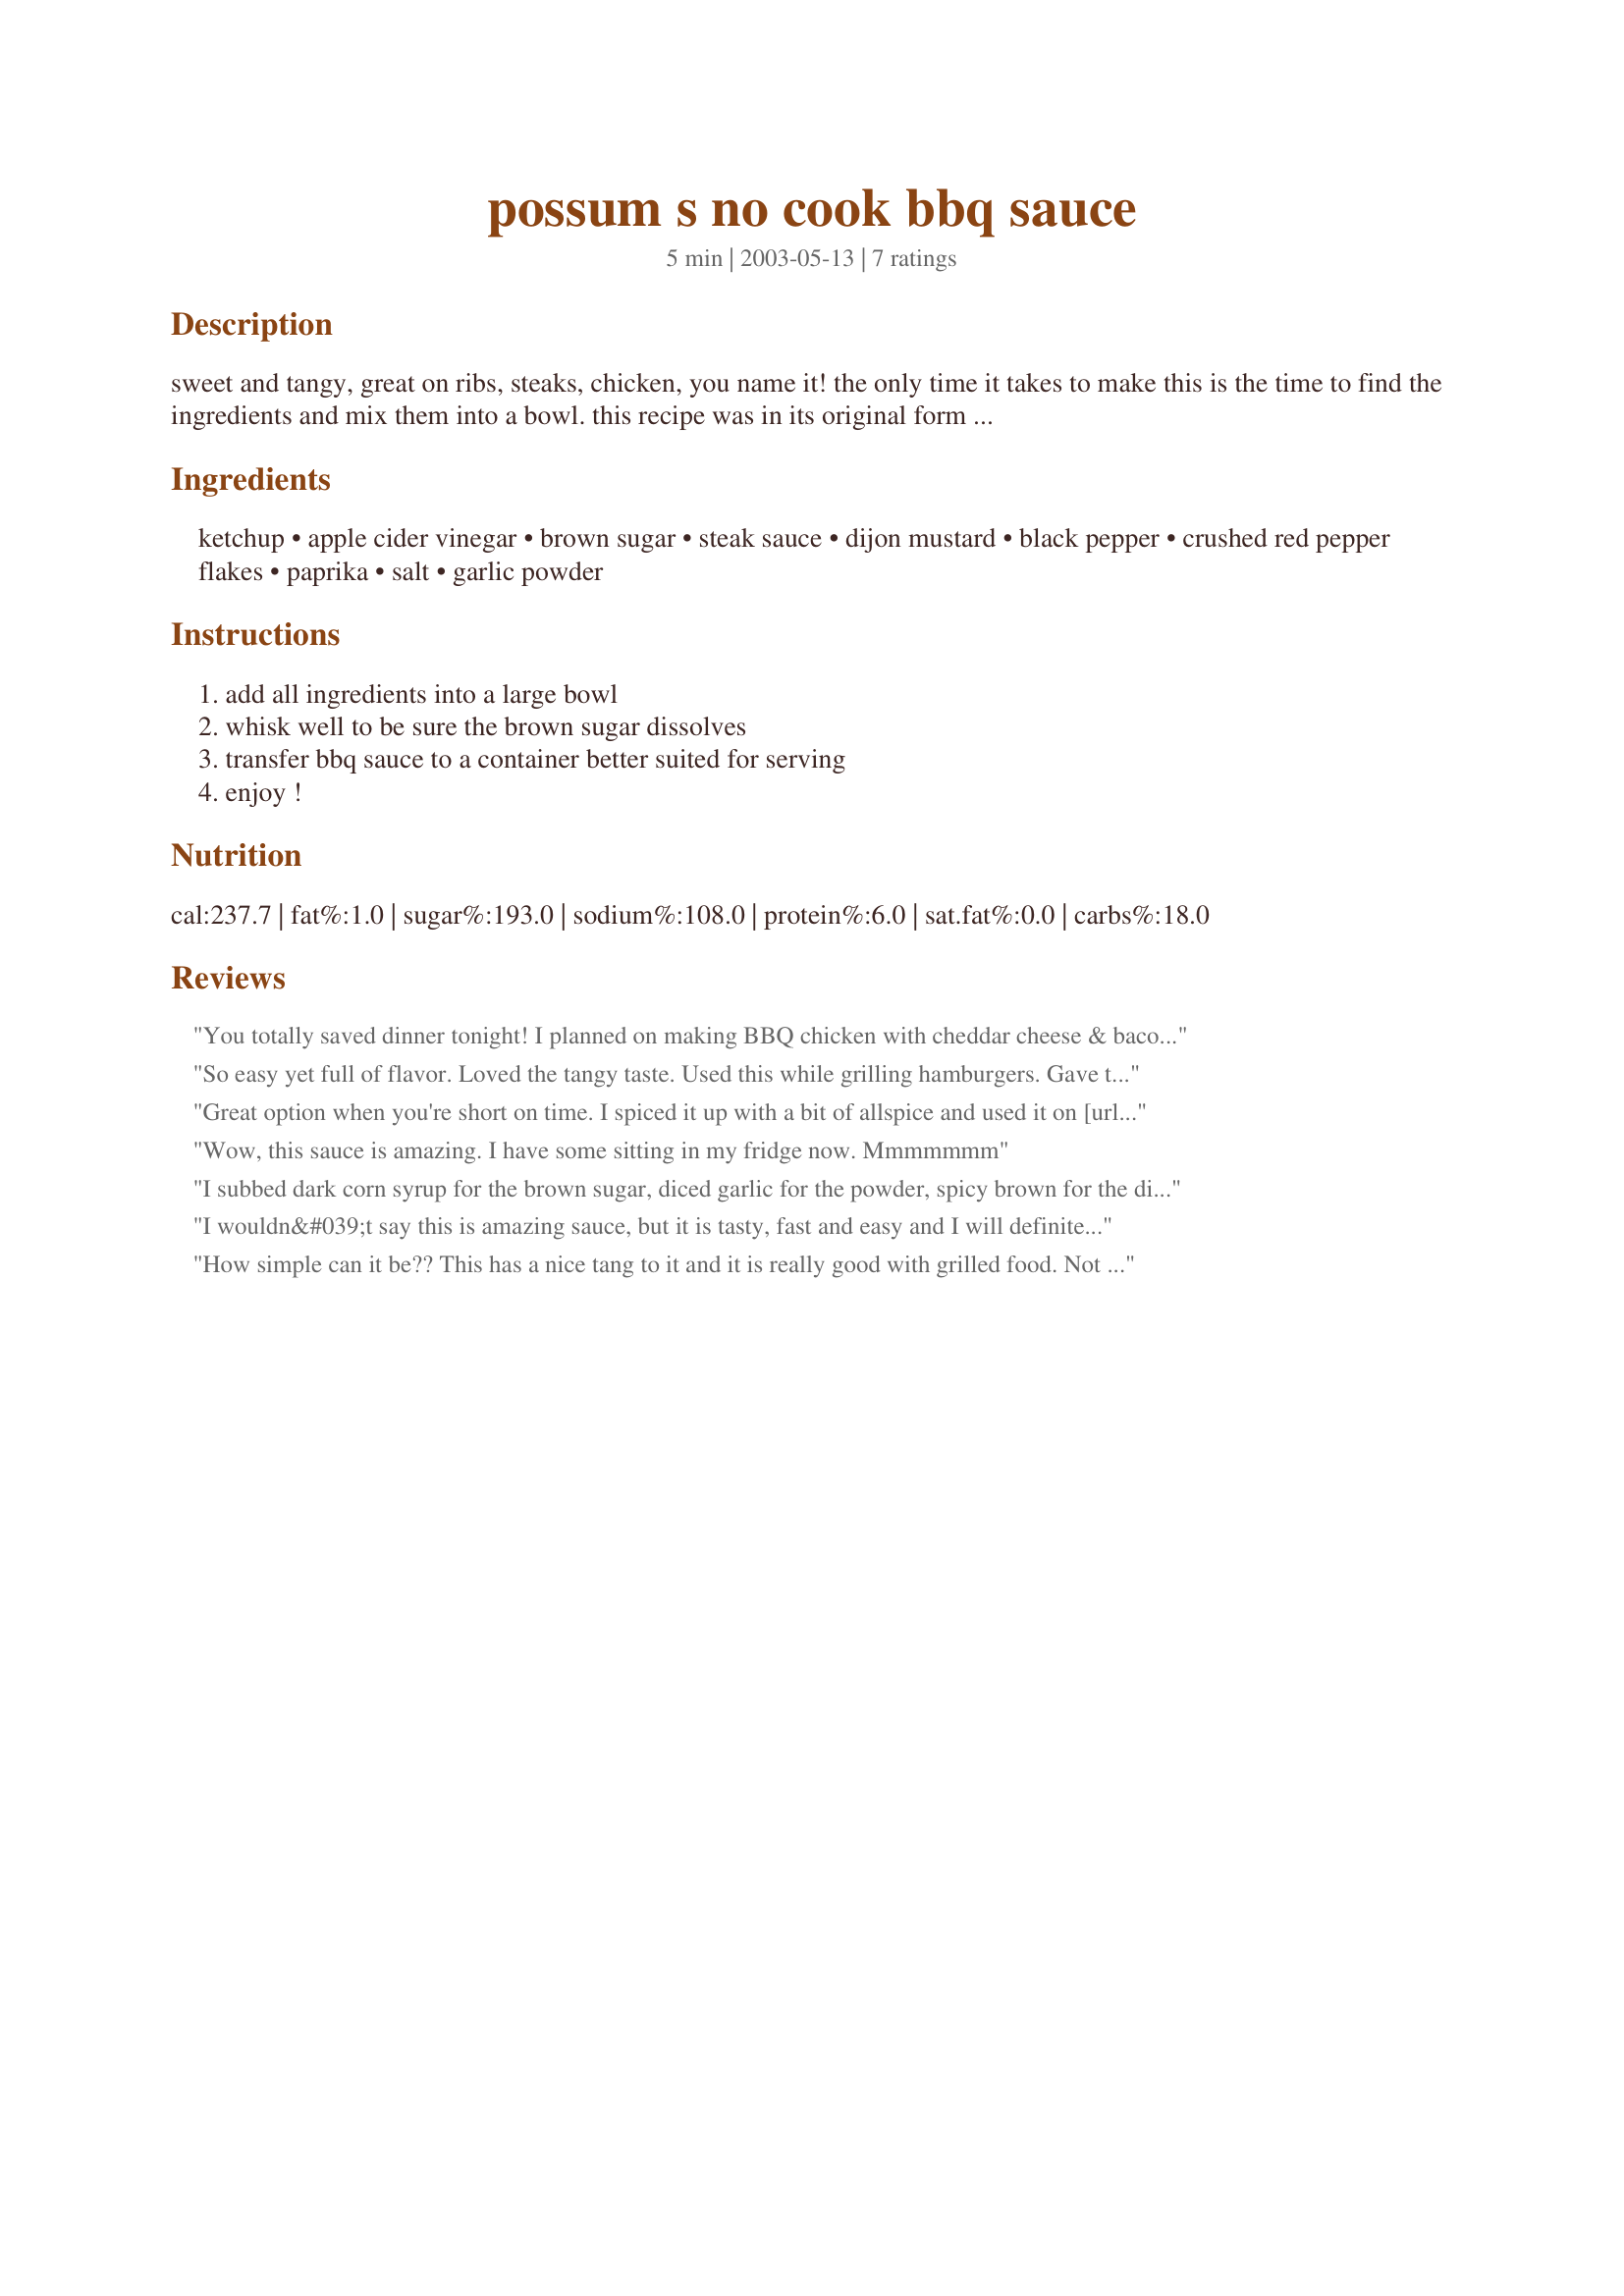
possum s no cook bbq sauce
Preparation time: 5 minutes

sweet and tangy, great on ribs, steaks, chicken, you name it! the only time it takes to make this is the time to find the ingredients and mix them into a bowl. this recipe was in its original form one of emeril's barbecue sauces as seen on his tv show. it's since been tweaked, perhaps not to perfection, but to my & my family's taste.

Ingredients:
ketchup, apple cider vinegar, brown sugar, steak sauce, dijon mustard, black pepper, crushed red pepper flakes, paprika, salt, garlic powder

Steps:
add all ingredients into a large bowl, whisk well to be sure the brown sugar dissolves, transfer bbq sauce to a container better suited for serving, enjoy !

Reviews:
You totally saved dinner tonight! I planned on making BBQ chicken with cheddar cheese & bacon on top. We recently found out DD is allergic to high fructose corn syrup & liquid smoke flavor--they're in EVERY bottle of bbq sauce in the house. She says this tastes better anyway & I agree. So easy too!!! THANK YOU for the keeper!!!!
So easy yet full of flavor. Loved the tangy taste. Used this while grilling hamburgers. Gave the burgers a great flavor. Thanks so much for sharing. Made for PAC Fall '08
Great option when you're short on time. I spiced it up with a bit of allspice and used it on [url]http://www.food.com/recipe/homemade-seitan-barbecue-bbq-ribs-vegan-295097[/url]. Fantastic! May play around with the spices in the future.
Wow, this sauce is amazing. I have some sitting in my fridge now. Mmmmmmm
I subbed dark corn syrup for the brown sugar, diced garlic for the powder, spicy brown for the dijon, and skipped the red pepper altogether. It was very tangy but completely delicious. I usually buy my BBQ sauce but you could talk me into preparing this and keeping it in the fridge instead.
I wouldn&#039;t say this is amazing sauce, but it is tasty, fast and easy and I will definitely make again. I added smoked paprika for extra flavour
How simple can it be?? This has a nice tang to it and it is really good with grilled food. Not too much sugar in it so it doesn't carmelize like a lot of BBQ sauces. Really easy and good
